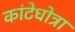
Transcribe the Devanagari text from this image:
कांटेधोत्रा